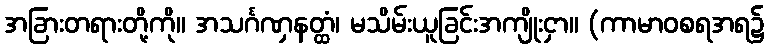
အခြားတရားတို့ကို။ အသင်္ဂဏှနတ္ထံ၊ မသိမ်းယူခြင်းအကျိုးငှာ။ (ကာမာဝစရအရ၌